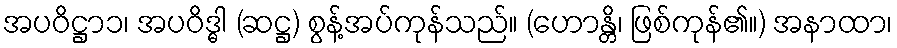
အပဝိဋ္ဌာ၁၊ အပဝိဒ္ဓါ (ဆဋ္ဌ) စွန့်အပ်ကုန်သည်။ (ဟောန္တိ၊ ဖြစ်ကုန်၏။) အနာထာ၊